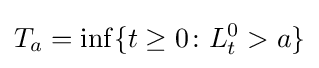
T_{a}=\inf\{t\geq 0\colon L_{t}^{0}>a\}